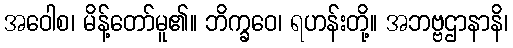
အဝေါစ၊ မိန့်တော်မူ၏။ ဘိက္ခဝေ၊ ရဟန်းတို့။ အဘဗ္ဗဌာနာနိ၊